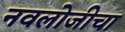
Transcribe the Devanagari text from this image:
नवलोजीचा